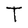
Character: T